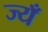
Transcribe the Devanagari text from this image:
ज्यँ